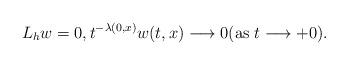
LaTeX: \begin{align*} L_hw=0, t^{-\lambda(0,x)}w(t,x) \longrightarrow 0 \mbox{{\rm (}as $t \longrightarrow +0${\rm )}}.\end{align*}